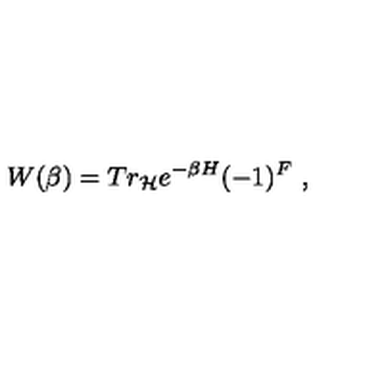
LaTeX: W ( \beta ) = T r _ { \cal H } e ^ { - \beta H } ( - 1 ) ^ { F } \ ,